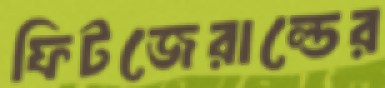
ফিটজেরাল্ডের